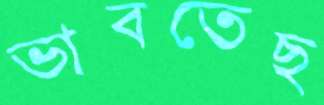
ভাবতেছ